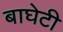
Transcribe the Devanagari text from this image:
बाघेटी